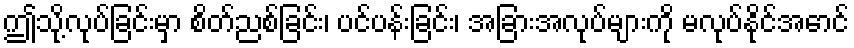
ဤသို့လုပ်ခြင်းမှာ စိတ်ညစ်ခြင်း၊ ပင်ပန်းခြင်း၊ အခြားအလုပ်များကို မလုပ်နိုင်အောင်